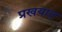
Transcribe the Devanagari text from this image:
प्रखयात